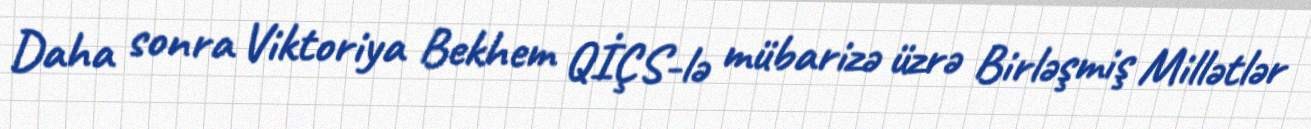
Daha sonra Viktoriya Bekhem QİÇS-lə mübarizə üzrə Birləşmiş Millətlər